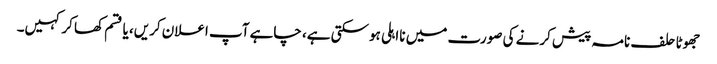
جھوٹا حلف نامہ پیش کرنے کی صورت میں نااہلی ہوسکتی ہے، چاہے آپ اعلان کریں، یا قسم کھا کر کہیں۔